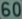
60